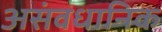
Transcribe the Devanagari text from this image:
असंवधानिक